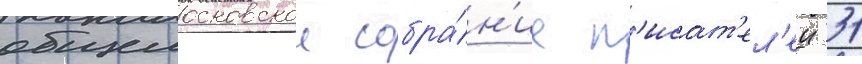
общемосковское собра́н'ие п'исат'ел'еи 31